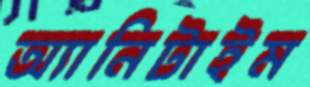
অ্যানিটাইম